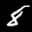
Label: 8